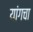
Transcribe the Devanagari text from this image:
यांगचा